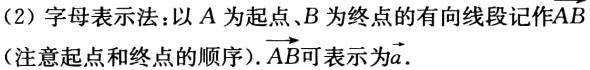
（2）字母表示法：以\(A\)为起点、\(B\)为终点的有向线段记作\(\overline{AB}\)（注意起点和终点的顺序）.\(\overrightarrow{AB}\)可表示为\(\overrightarrow{a}\).